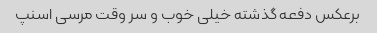
برعکس دفعه گذشته خیلی خوب و سر وقت مرسی اسنپ